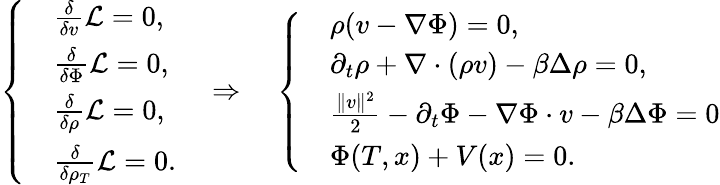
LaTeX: \left\{ \begin{array}{rl}&{\frac{\delta}{\delta v}\mathcal{L}=0,}\\ &{\frac{\delta}{\delta\Phi}\mathcal{L}=0,}\\ &{\frac{\delta}{\delta\rho}\mathcal{L}=0,}\\ &{\frac{\delta}{\delta\rho_{T}}\mathcal{L}=0.}\end{array}\right.\quad\Rightarrow\quad\left\{ \begin{array}{rl}&{\rho(v-\nabla\Phi)=0,}\\ &{\partial_{t}\rho+\nabla\cdot(\rho v)-\beta\Delta\rho=0,}\\ &{\frac{\| v\| ^{2}}{2}-\partial_{t}\Phi-\nabla\Phi\cdot v-\beta\Delta\Phi=0}\\ &{\Phi(T,x)+V(x)=0.}\end{array}\right.